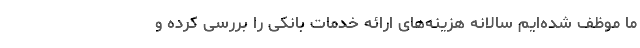
ما موظف شده‌ایم سالانه هزینه‌های ارائه خدمات بانکی را بررسی کرده و